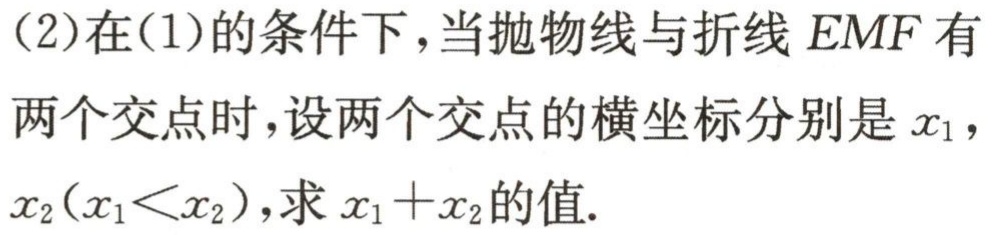
(2)在(1)的条件下，当抛物线与折线 \(EMF\) 有两个交点时，设两个交点的横坐标分别是 \(x_1\)，\(x_2(x_1<x_2)\)，求 \(x_1 + x_2\)的值.